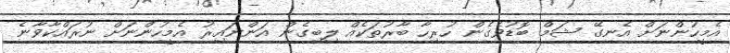
އެމީހުންނަށް އެނގޭ ޝަމް ބޮޑުވެގެން ހުރިހާ ބާރުތަކެއް ލިބިގެން އަންނައިރު އެމީހުންނަށް ނުރައްކާވާނެ